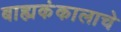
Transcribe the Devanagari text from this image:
बाह्यकंकालाचे